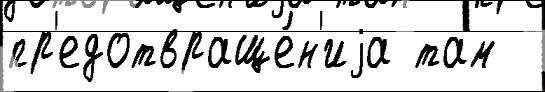
пр'едотвраще́н'иjа там